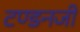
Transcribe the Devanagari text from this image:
टण्डनजी